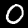
Label: 0